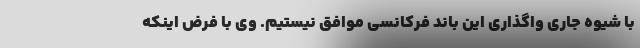
با شیوه جاری واگذاری این باند فرکانسی موافق نیستیم. وی با فرض اینکه